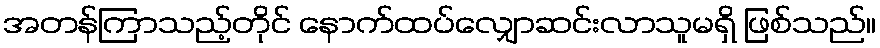
အတန်ကြာသည့်တိုင် နောက်ထပ်လျှောဆင်းလာသူမရှိ ဖြစ်သည်။